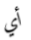
أي